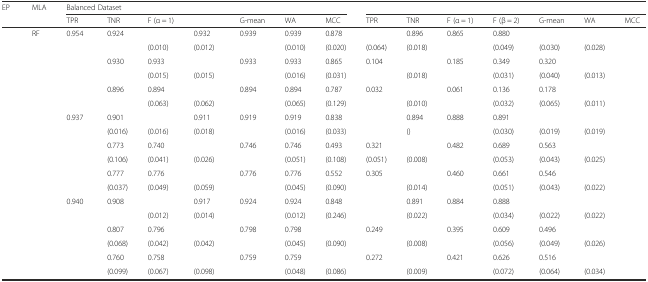
<table><thead><tr><td rowspan="2"><b>EP</b></td><td rowspan="2"><b>MLA</b></td><td colspan="7"><b>Balanced Dataset</b></td><td colspan="7">[EMPTY_CELL]</td></tr><tr><td><b>TPR</b></td><td><b>TNR</b></td><td><b>F (α = 1)</b></td><td>[EMPTY_CELL]</td><td><b>G-mean</b></td><td><b>WA</b></td><td><b>MCC</b></td><td><b>TPR</b></td><td><b>TNR</b></td><td><b>F (α = 1)</b></td><td><b>F (β = 2)</b></td><td><b>G-mean</b></td><td><b>WA</b></td><td><b>MCC</b></td></tr></thead><tbody><tr><td rowspan="6">[EMPTY_CELL]</td><td rowspan="2">RF</td><td>0.954</td><td>0.924</td><td>[EMPTY_CELL]</td><td>0.932</td><td>0.939</td><td>0.939</td><td>0.878</td><td>[EMPTY_CELL]</td><td>0.896</td><td>0.865</td><td>0.880</td><td>[EMPTY_CELL]</td><td>[EMPTY_CELL]</td><td>[EMPTY_CELL]</td></tr><tr><td>[EMPTY_CELL]</td><td>[EMPTY_CELL]</td><td>(0.010)</td><td>(0.012)</td><td>[EMPTY_CELL]</td><td>(0.010)</td><td>(0.020)</td><td>(0.064)</td><td>(0.018)</td><td>[EMPTY_CELL]</td><td>(0.049)</td><td>(0.030)</td><td>(0.028)</td><td>[EMPTY_CELL]</td></tr><tr><td rowspan="2">[EMPTY_CELL]</td><td>[EMPTY_CELL]</td><td>0.930</td><td>0.933</td><td>[EMPTY_CELL]</td><td>0.933</td><td>0.933</td><td>0.865</td><td>0.104</td><td>[EMPTY_CELL]</td><td>0.185</td><td>0.349</td><td>0.320</td><td>[EMPTY_CELL]</td><td>[EMPTY_CELL]</td></tr><tr><td>[EMPTY_CELL]</td><td>[EMPTY_CELL]</td><td>(0.015)</td><td>(0.015)</td><td>[EMPTY_CELL]</td><td>(0.016)</td><td>(0.031)</td><td>[EMPTY_CELL]</td><td>(0.018)</td><td>[EMPTY_CELL]</td><td>(0.031)</td><td>(0.040)</td><td>(0.013)</td><td>[EMPTY_CELL]</td></tr><tr><td rowspan="2">[EMPTY_CELL]</td><td>[EMPTY_CELL]</td><td>0.896</td><td>0.894</td><td>[EMPTY_CELL]</td><td>0.894</td><td>0.894</td><td>0.787</td><td>0.032</td><td>[EMPTY_CELL]</td><td>0.061</td><td>0.136</td><td>0.178</td><td>[EMPTY_CELL]</td><td>[EMPTY_CELL]</td></tr><tr><td>[EMPTY_CELL]</td><td>[EMPTY_CELL]</td><td>(0.063)</td><td>(0.062)</td><td>[EMPTY_CELL]</td><td>(0.065)</td><td>(0.129)</td><td>[EMPTY_CELL]</td><td>(0.010)</td><td>[EMPTY_CELL]</td><td>(0.032)</td><td>(0.065)</td><td>(0.011)</td><td>[EMPTY_CELL]</td></tr><tr><td rowspan="6">[EMPTY_CELL]</td><td rowspan="2">[EMPTY_CELL]</td><td>0.937</td><td>0.901</td><td>[EMPTY_CELL]</td><td>0.911</td><td>0.919</td><td>0.919</td><td>0.838</td><td>[EMPTY_CELL]</td><td>0.894</td><td>0.888</td><td>0.891</td><td>[EMPTY_CELL]</td><td>[EMPTY_CELL]</td><td>[EMPTY_CELL]</td></tr><tr><td>[EMPTY_CELL]</td><td>(0.016)</td><td>(0.016)</td><td>(0.018)</td><td>[EMPTY_CELL]</td><td>(0.016)</td><td>(0.033)</td><td>[EMPTY_CELL]</td><td>()</td><td>[EMPTY_CELL]</td><td>(0.030)</td><td>(0.019)</td><td>(0.019)</td><td>[EMPTY_CELL]</td></tr><tr><td rowspan="2">[EMPTY_CELL]</td><td>[EMPTY_CELL]</td><td>0.773</td><td>0.740</td><td>[EMPTY_CELL]</td><td>0.746</td><td>0.746</td><td>0.493</td><td>0.321</td><td>[EMPTY_CELL]</td><td>0.482</td><td>0.689</td><td>0.563</td><td>[EMPTY_CELL]</td><td>[EMPTY_CELL]</td></tr><tr><td>[EMPTY_CELL]</td><td>(0.106)</td><td>(0.041)</td><td>(0.026)</td><td>[EMPTY_CELL]</td><td>(0.051)</td><td>(0.108)</td><td>(0.051)</td><td>(0.008)</td><td>[EMPTY_CELL]</td><td>(0.053)</td><td>(0.043)</td><td>(0.025)</td><td>[EMPTY_CELL]</td></tr><tr><td rowspan="2">[EMPTY_CELL]</td><td>[EMPTY_CELL]</td><td>0.777</td><td>0.776</td><td>[EMPTY_CELL]</td><td>0.776</td><td>0.776</td><td>0.552</td><td>0.305</td><td>[EMPTY_CELL]</td><td>0.460</td><td>0.661</td><td>0.546</td><td>[EMPTY_CELL]</td><td>[EMPTY_CELL]</td></tr><tr><td>[EMPTY_CELL]</td><td>(0.037)</td><td>(0.049)</td><td>(0.059)</td><td>[EMPTY_CELL]</td><td>(0.045)</td><td>(0.090)</td><td>[EMPTY_CELL]</td><td>(0.014)</td><td>[EMPTY_CELL]</td><td>(0.051)</td><td>(0.043)</td><td>(0.022)</td><td>[EMPTY_CELL]</td></tr><tr><td rowspan="6">[EMPTY_CELL]</td><td rowspan="2">[EMPTY_CELL]</td><td>0.940</td><td>0.908</td><td>[EMPTY_CELL]</td><td>0.917</td><td>0.924</td><td>0.924</td><td>0.848</td><td>[EMPTY_CELL]</td><td>0.891</td><td>0.884</td><td>0.888</td><td>[EMPTY_CELL]</td><td>[EMPTY_CELL]</td><td>[EMPTY_CELL]</td></tr><tr><td>[EMPTY_CELL]</td><td>[EMPTY_CELL]</td><td>(0.012)</td><td>(0.014)</td><td>[EMPTY_CELL]</td><td>(0.012)</td><td>(0.246)</td><td>[EMPTY_CELL]</td><td>(0.022)</td><td>[EMPTY_CELL]</td><td>(0.034)</td><td>(0.022)</td><td>(0.022)</td><td>[EMPTY_CELL]</td></tr><tr><td rowspan="2">[EMPTY_CELL]</td><td>[EMPTY_CELL]</td><td>0.807</td><td>0.796</td><td>[EMPTY_CELL]</td><td>0.798</td><td>0.798</td><td>[EMPTY_CELL]</td><td>0.249</td><td>[EMPTY_CELL]</td><td>0.395</td><td>0.609</td><td>0.496</td><td>[EMPTY_CELL]</td><td>[EMPTY_CELL]</td></tr><tr><td>[EMPTY_CELL]</td><td>(0.068)</td><td>(0.042)</td><td>(0.042)</td><td>[EMPTY_CELL]</td><td>(0.045)</td><td>(0.090)</td><td>[EMPTY_CELL]</td><td>(0.008)</td><td>[EMPTY_CELL]</td><td>(0.056)</td><td>(0.049)</td><td>(0.026)</td><td>[EMPTY_CELL]</td></tr><tr><td rowspan="2">[EMPTY_CELL]</td><td>[EMPTY_CELL]</td><td>0.760</td><td>0.758</td><td>[EMPTY_CELL]</td><td>0.759</td><td>0.759</td><td>[EMPTY_CELL]</td><td>0.272</td><td>[EMPTY_CELL]</td><td>0.421</td><td>0.626</td><td>0.516</td><td>[EMPTY_CELL]</td><td>[EMPTY_CELL]</td></tr><tr><td>[EMPTY_CELL]</td><td>(0.099)</td><td>(0.067)</td><td>(0.098)</td><td>[EMPTY_CELL]</td><td>(0.048)</td><td>(0.086)</td><td>[EMPTY_CELL]</td><td>(0.009)</td><td>[EMPTY_CELL]</td><td>(0.072)</td><td>(0.064)</td><td>(0.034)</td><td>[EMPTY_CELL]</td></tr></tbody></table>